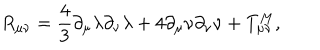
LaTeX: R _ { \mu \nu } = \frac { 4 } { 3 } \partial _ { \mu } \lambda \partial _ { \nu } \lambda + 4 \partial _ { \mu } \nu \partial _ { \nu } \nu + T _ { \mu \nu } ^ { M } ,